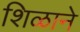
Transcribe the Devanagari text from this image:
शिळाने